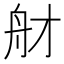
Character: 𦨑